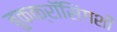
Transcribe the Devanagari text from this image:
बुकक्रॉसिंगशी